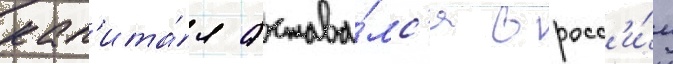
кап'ита́л остава́лс'я в росс'и́и